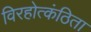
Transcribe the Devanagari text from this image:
विरहोत्कंठिता